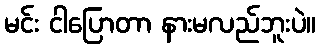
မင်း ငါပြောတာ နားမလည်ဘူးပဲ။